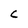
Character: C